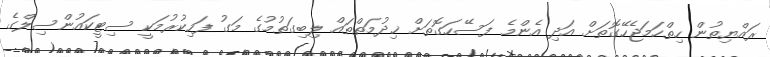
ރައްޔިތުން ހިތްހަމަޖެހޭގޮތަށް އަދި އެންމެ ފަސޭހަގޮތަށް ޚިދުމަތްތައް ލިބިގަތުމުގެ މަގު ފަހިކުރުމަކީ ސިޓީކައުންސިލްގެ